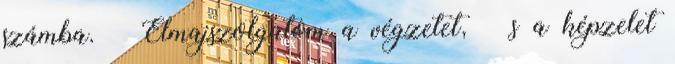
számba. Elmajszolgatom a végzetet, s a képzelet